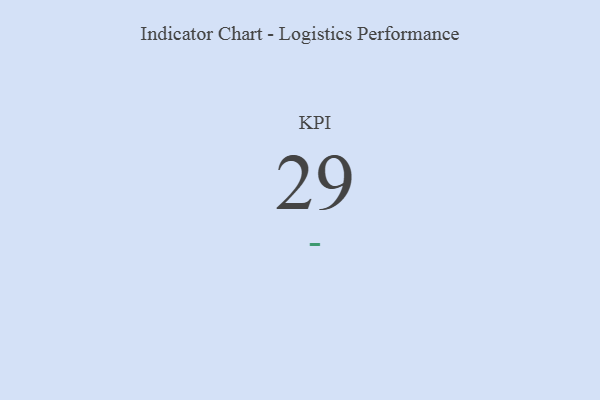
{"axis": {"x": "KPI", "y": "Value"}, "legend": [""], "data": [{"x": "KPI", "y": 29, "type": ""}]}